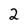
Character: 2